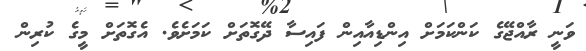
ވަނީ ރާއްޖޭގެ ކަންކަމަށް އިންޑިއާއިން ފައިސާ ދޭގޮތަށް ކަމަށެވެ. އެގޮތަށް މީގެ ކުރިން